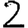
Digit: 2